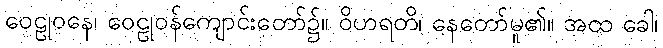
ဝေဠုဝနေ၊ ဝေဠုဝန်ကျောင်းတော်၌။ ဝိဟရတိ၊ နေတော်မူ၏။ အထ ခေါ၊